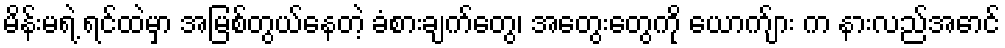
မိန်းမရဲ့ ရင်ထဲမှာ အမြစ်တွယ်နေတဲ့ ခံစားချက်တွေ၊ အတွေးတွေကို ယောက်ျား က နားလည်အောင်